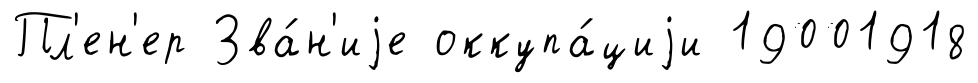
Пл'ен'ер Зва́н'иjе оккупа́циjи 19001918